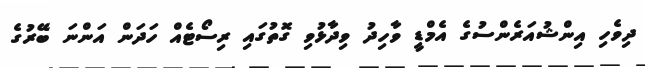
ދިވެހި އިންޝުއަރެންސުގެ އެމްޑީ ވާހިދު ވިދާޅުވި ގޮތުގައި ރިސޯޓެއް ހަދަން އަންނަ ބޭރުގެ